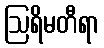
ဩရိမတီရာ